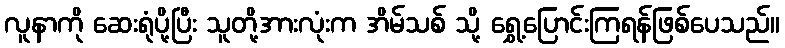
လူနာကို ဆေးရုံပို့ပြီး သူတို့အားလုံးက အိမ်သစ် သို့ ရွှေ့ပြောင်းကြရန်ဖြစ်ပေသည်။